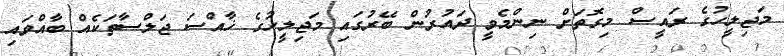
މަޖިލީހުގެ ރައީސް މިގޮތަށް ނިންމެވީ ދައުރުން ބޭރުގައި މަޖިލީހުގެ ޚާއްސަ ޖަލްސާތަކެއް ބާއްވައި